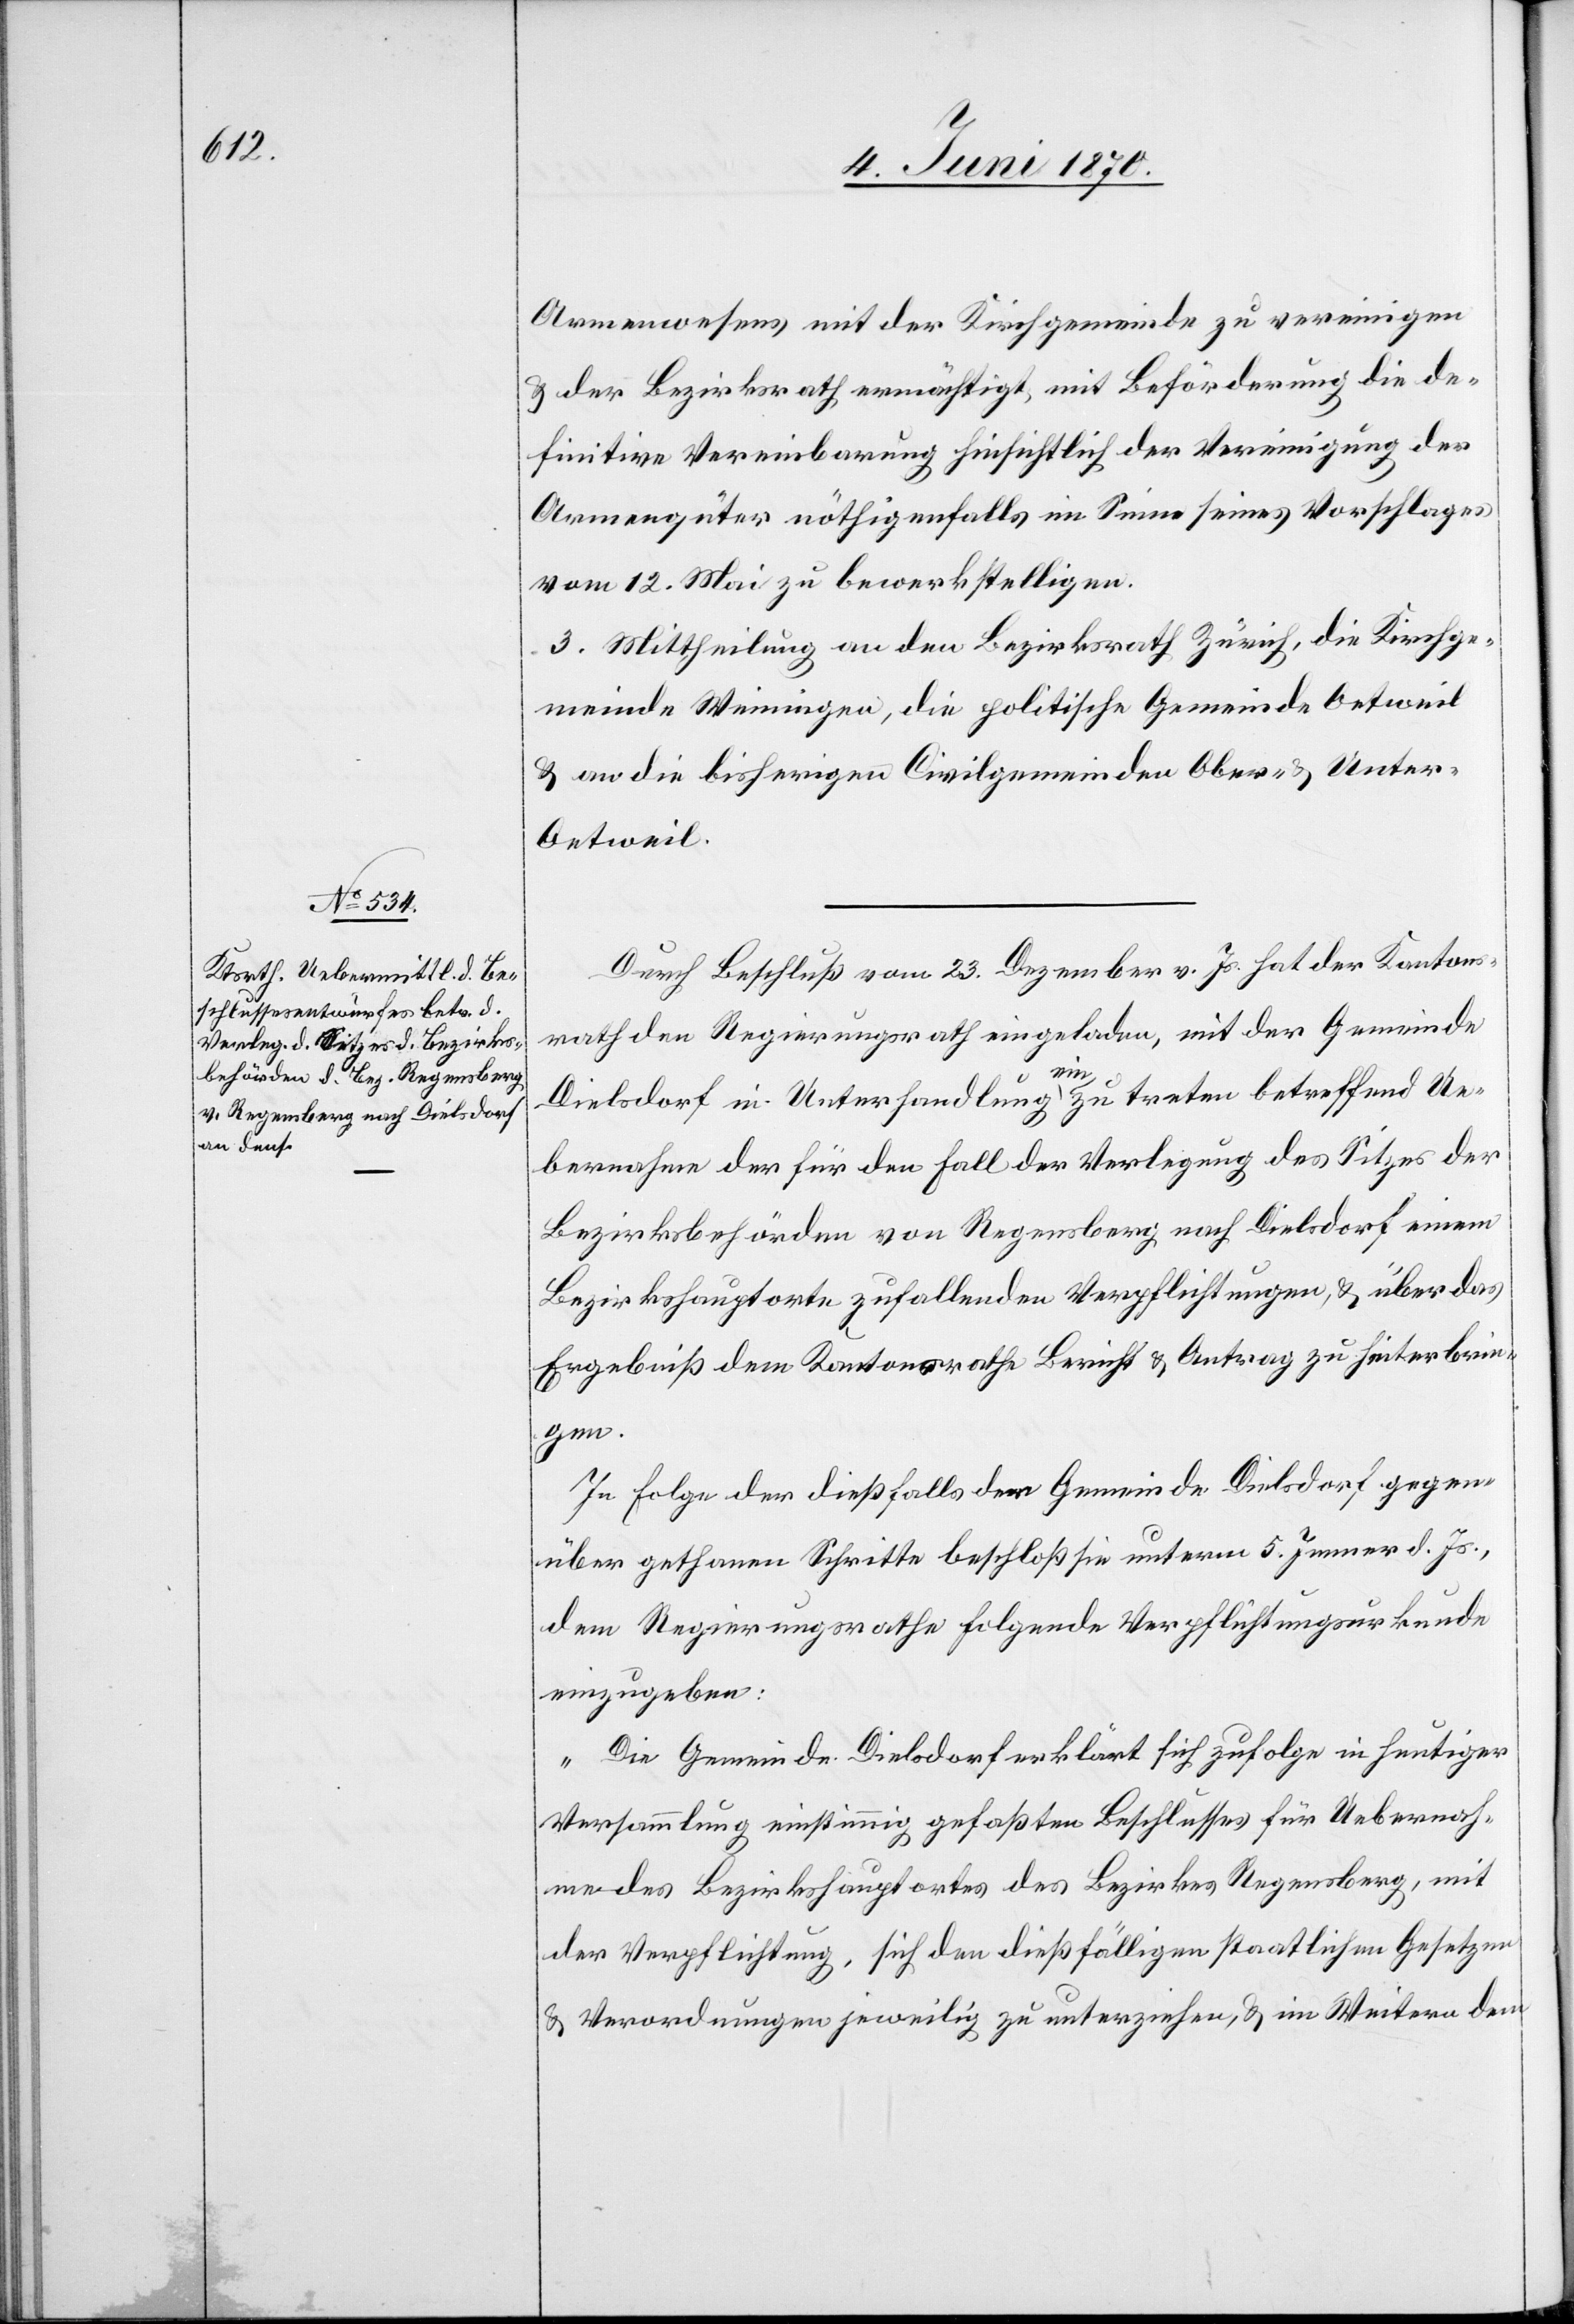
Armenwesens mit der Kirchgemeinde zu vereinigen
& der Bezirksrath ermächtigt, mit Beförderung die de¬
finitive Vereinbarung hinsichtlich der Vereinigung der
Armengüter nöthigenfalls im Sinne seines Vorschlages
vom 12. Mai zu bewerkstelligen.
3. Mittheilung an den Bezirksrath Zürich, die Kirchge¬
meinde Weiningen, die politische Gemeinde Oetweil
& an die bisherigen Civilgemeinden Ober- & Unte¬
r-Oetweil.
Durch Beschluß vom 23. Dezember vor. Js. hat der Kantons¬
rath den Regierungsrath eingeladen, mit der Gemeinde
Dielsdorf in Unterhandlung einzutreten betreffend Ue¬
bernahme der für den Fall der Verlegung des Sitzes der
Bezirksbehörden von Regensberg nach Dielsdorf, einem
Bezirkshauptorte zufallenden Verpflichtungen, & über das
Ergebniß dem Kantonsrathe Bericht & Antrag zu hinterbrin¬
gen.
In Folge der dießfalls der Gemeinde Dielsdorf gegen¬
über gethanen Schritte beschloß sie unterm 5. Jenner d. Js.,
dem Regierungsrathe folgende Verpflichtungsurkunde
einzugeben:
„Die Gemeinde Dielsdorf erklärt sich zufolge in heutiger
Versammlung einstimmig gefaßten Beschlusses für Uebernah¬
me des Bezirkshauptortes des Bezirkes Regensberg, mit
der Verpflichtung, sich den dießfälligen staatlichen Gesetzen
& Verordnungen jeweilig zu unterziehen, & im Weitern dem